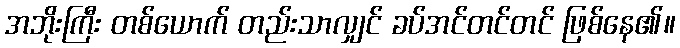
အဘိုးကြီး တစ်ယောက် တည်းသာလျှင် ခပ်အင်တင်တင် ဖြစ်နေ၏။